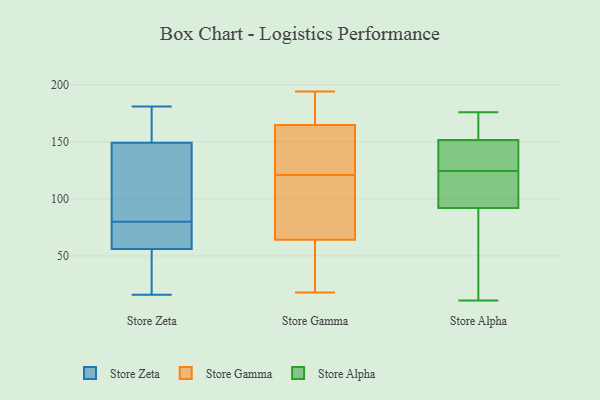
{"axis": {"x": "Website Visitors", "y": "Value"}, "legend": ["Store Alpha", "Store Gamma", "Store Zeta"], "data": [{"x": "", "y": 102, "type": "Store Zeta"}, {"x": "", "y": 42, "type": "Store Zeta"}, {"x": "", "y": 181, "type": "Store Zeta"}, {"x": "", "y": 105, "type": "Store Zeta"}, {"x": "", "y": 45, "type": "Store Zeta"}, {"x": "", "y": 80, "type": "Store Zeta"}, {"x": "", "y": 54, "type": "Store Zeta"}, {"x": "", "y": 79, "type": "Store Zeta"}, {"x": "", "y": 172, "type": "Store Zeta"}, {"x": "", "y": 162, "type": "Store Zeta"}, {"x": "", "y": 16, "type": "Store Zeta"}, {"x": "", "y": 177, "type": "Store Zeta"}, {"x": "", "y": 76, "type": "Store Zeta"}, {"x": "", "y": 62, "type": "Store Zeta"}, {"x": "", "y": 111, "type": "Store Zeta"}, {"x": "", "y": 121, "type": "Store Gamma"}, {"x": "", "y": 60, "type": "Store Gamma"}, {"x": "", "y": 177, "type": "Store Gamma"}, {"x": "", "y": 155, "type": "Store Gamma"}, {"x": "", "y": 170, "type": "Store Gamma"}, {"x": "", "y": 125, "type": "Store Gamma"}, {"x": "", "y": 88, "type": "Store Gamma"}, {"x": "", "y": 55, "type": "Store Gamma"}, {"x": "", "y": 166, "type": "Store Gamma"}, {"x": "", "y": 180, "type": "Store Gamma"}, {"x": "", "y": 64, "type": "Store Gamma"}, {"x": "", "y": 88, "type": "Store Gamma"}, {"x": "", "y": 53, "type": "Store Gamma"}, {"x": "", "y": 18, "type": "Store Gamma"}, {"x": "", "y": 115, "type": "Store Gamma"}, {"x": "", "y": 127, "type": "Store Gamma"}, {"x": "", "y": 161, "type": "Store Gamma"}, {"x": "", "y": 65, "type": "Store Gamma"}, {"x": "", "y": 194, "type": "Store Gamma"}, {"x": "", "y": 122, "type": "Store Alpha"}, {"x": "", "y": 113, "type": "Store Alpha"}, {"x": "", "y": 140, "type": "Store Alpha"}, {"x": "", "y": 71, "type": "Store Alpha"}, {"x": "", "y": 11, "type": "Store Alpha"}, {"x": "", "y": 125, "type": "Store Alpha"}, {"x": "", "y": 139, "type": "Store Alpha"}, {"x": "", "y": 65, "type": "Store Alpha"}, {"x": "", "y": 124, "type": "Store Alpha"}, {"x": "", "y": 176, "type": "Store Alpha"}, {"x": "", "y": 165, "type": "Store Alpha"}, {"x": "", "y": 163, "type": "Store Alpha"}]}